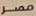
مصر